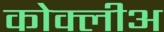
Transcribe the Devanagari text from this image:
कोक्लीअ